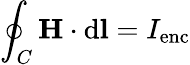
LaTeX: \oint_{C}\mathbf{H}\cdot\mathrm{d}\mathbf{l}=I_{\mathrm{enc}}